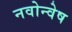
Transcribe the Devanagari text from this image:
नवोन्वेष